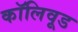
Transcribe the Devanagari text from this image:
कॉलिवूड